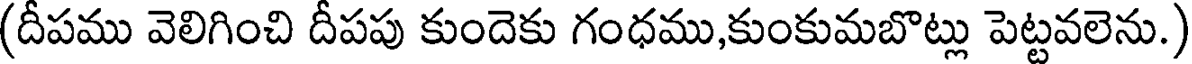
(దీపము వెలిగించి దీపపు కుందెకు గంధము,కుంకుమబొట్లు పెట్టవలెను.)